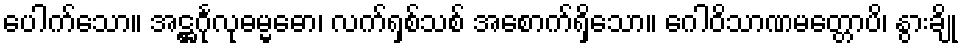
ပေါက်သော။ အဋ္ဌင်္ဂုလုဓမ္မဓော၊ လက်ရှစ်သစ် အစောက်ရှိသော။ ဂေါဝိသာဏမတ္တောပိ၊ နွားချို